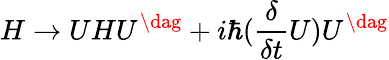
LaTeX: H\rightarrow UHU^{\dag}+i\hbar(\frac{\delta}{\delta t}U)U^{\dag}